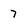
Character: 7